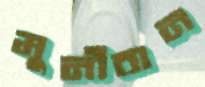
মুনীবান